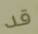
قد